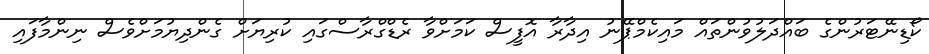
ކޯޑިނޭޓަރުންގެ ބައްދަލުވުންތައް މައިކެމްޕޭނު އިދާރާ އޮފީސް ކަމަށްވާ ރެޑްގްރާސްގައި ކުރިޔަށް ގެންދިޔުމަށްވެސް ނިންމާފައި